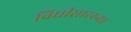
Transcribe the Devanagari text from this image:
विधीसारख्या